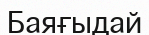
Баяғыдай